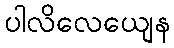
ပါလိလေယျေန